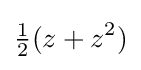
{\tfrac {1}{2}}(z+z^{2})